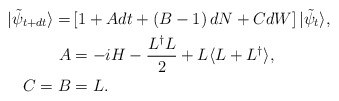
\begin{align*}|\tilde{\psi}_{t+dt}\rangle = & \left[1 + A dt + \left(B-1\right)dN + C dW\right]|\tilde{\psi}_t\rangle, \\A &= -i H - \dfrac{L^{\dagger}L}{2} + L \langle L + L^{\dagger}\rangle ,\\C=B &= L.\end{align*}